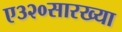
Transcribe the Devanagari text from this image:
ए३२०सारख्या